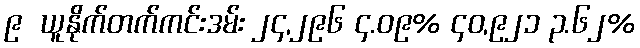
၉  ယူနိုက်တက်ကင်းဒမ်း ၂၄,၂၉၆ ၄.၀၉% ၄၀,၉၂၁ ၃.၆၂%